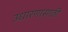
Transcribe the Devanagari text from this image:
उधारणासाठी